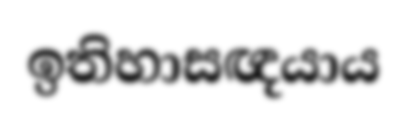
ඉතිහාසඥයාය